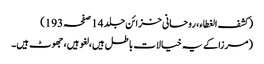
(کشف الغطاء، روحانی خزائن جلد 14 صفحہ 193)
(مرزا کے یہ خیالات باطل ہیں، لغو ہیں، جھوٹ ہیں۔